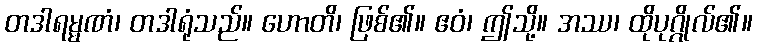
တဒါရမ္မဏံ၊ တဒါရုံသည်။ ဟောတိ၊ ဖြစ်၏။ ဧဝံ၊ ဤသို့။ အဿ၊ ထိုပုဂ္ဂိုလ်၏။